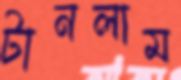
টানলাম